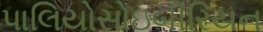
પાલિયોસોઇબીરિયન